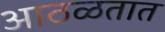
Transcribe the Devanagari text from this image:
आठळतात